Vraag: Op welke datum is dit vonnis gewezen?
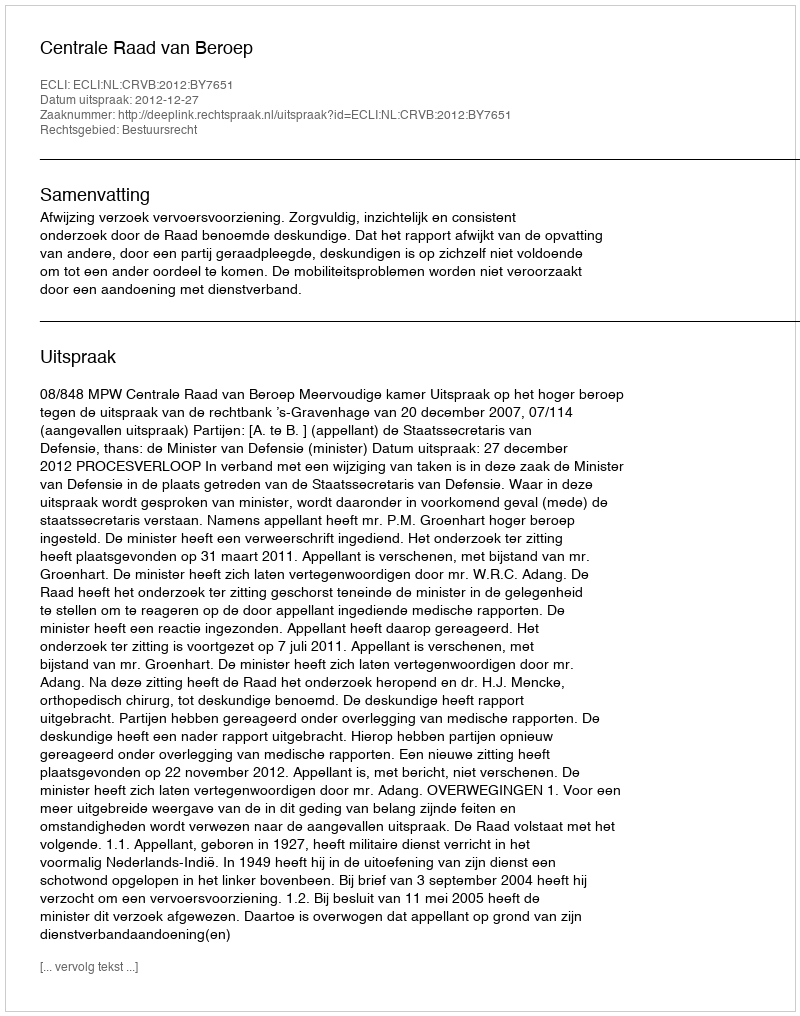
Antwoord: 2012-12-27